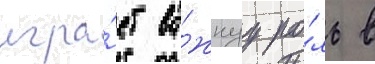
игра́ет ва́жнуу ро́ль в